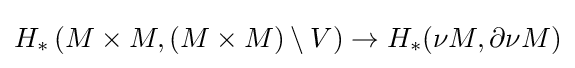
H_{*}\left(M\times M,(M\times M)\setminus V\right)\to H_{*}(\nu M,\partial \nu M)